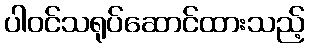
ပါဝင်သရုပ်ဆောင်ထားသည့်